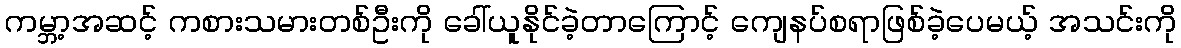
ကမ္ဘာ့အဆင့် ကစားသမားတစ်ဦးကို ခေါ်ယူနိုင်ခဲ့တာကြောင့် ကျေနပ်စရာဖြစ်ခဲ့ပေမယ့် အသင်းကို